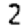
Digit: 2